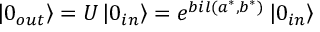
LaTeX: \left| 0 _ { o u t } \right\rangle = U \left| 0 _ { i n } \right\rangle = e ^ { b i l ( a ^ { * } , b ^ { * } ) } \left| 0 _ { i n } \right\rangle